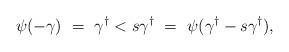
LaTeX: \begin{align*}\psi(-\gamma)\ =\ \gamma^{\dagger}<s\gamma^{\dagger}\ =\ \psi(\gamma^{\dagger}-s\gamma^{\dagger}),\end{align*}